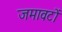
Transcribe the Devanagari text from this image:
जमावटों